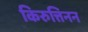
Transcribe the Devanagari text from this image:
किरुत्तिनन